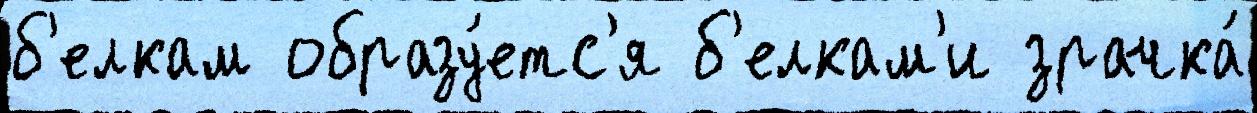
б'елкам образу́етс'я б'елкам'и зрачка́